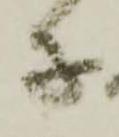
子